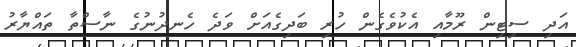
އަދި ސިޓިން ރޫމާއި އެކުވެގެން ހުރި ބަދިގެއަށް ވަދެ ހެނދުނުގެ ނާސްތާ ތައްޔާރު